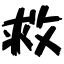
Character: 救